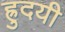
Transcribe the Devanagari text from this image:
ह्रुदयी